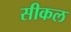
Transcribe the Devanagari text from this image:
सीकल